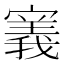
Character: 𫴌